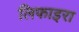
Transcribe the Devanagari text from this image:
लिफाइरा